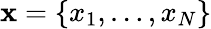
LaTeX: \mathbf{x}=\{ x_{1},\ldots,x_{N}\}